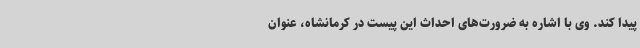
پیدا کند. وی با اشاره به ضرورت‌های احداث این پیست در کرمانشاه، عنوان